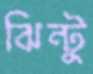
ঝিন্টু